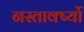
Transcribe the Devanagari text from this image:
नस्तार्क्ष्यो